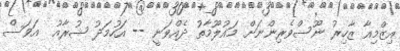
އިޒްމިއާ ޒާހިިރު ނޫސްވެރިންނަށް މައުލޫމާތު ދެއްވަނީ -- އަހުމަދު ޝުރާއު  އަވަސް